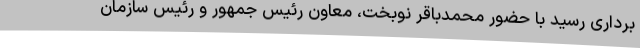
برداری رسید با حضور محمدباقر نوبخت، معاون رئیس جمهور و رئیس سازمان